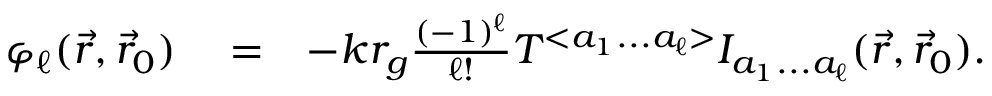
\begin{array} { r l r } { \varphi _ { \ell } ( \vec { r } , \vec { r } _ { 0 } ) } & { { } = } & { - k r _ { g } \frac { ( - 1 ) ^ { \ell } } { \ell ! } { \cal T } ^ { < a _ { 1 } . . . a _ { \ell } > } { \cal I } _ { a _ { 1 } . . . a _ { \ell } } ( \vec { r } , \vec { r } _ { 0 } ) . } \end{array}